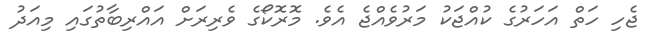
ޖެހި ހަތް އަހަރުގެ ކުއްޖަކު މަރުވެއްޖެ އެވެ. މޮރޮކޯގެ ވެރިރަށް އައްރިބާތުގައި މިއަދު